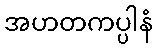
အဟတကပ္ပါနံ